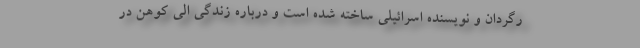
رگردان و نویسنده اسرائیلی ساخته شده‌ است و درباره زندگی الی کوهن در